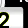
Digit: 2